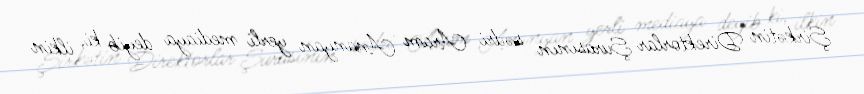
Şirkətin Direktorlar Şurasının sədri Aram Ananyan yerli mediaya deyib ki, ilkin